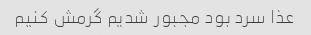
عذا سرد بود مجبور شدیم گرمش کنیم